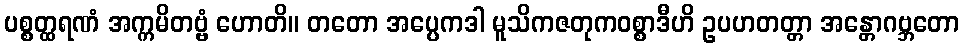
ပစ္စတ္ထရဏံ အက္ကမိတဗ္ဗံ ဟောတိ။ တတော အပ္ပေကဒါ မူသိကဇတုကဝစ္စာဒီဟိ ဥပဟတတ္တာ အန္တောဂဗ္ဘတော